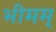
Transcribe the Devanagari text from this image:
भीमम्